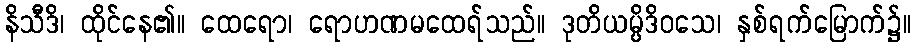
နိသီဒိ၊ ထိုင်နေ၏။ ထေရော၊ ရောဟဏမထေရ်သည်။ ဒုတိယမ္ပိဒိဝသေ၊ နှစ်ရက်မြောက်၌။